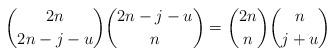
LaTeX: \begin{align*}\binom{2n}{2n-j-u}\binom{2n-j-u}{n}=\binom{2n}{n}\binom{n}{j+u}\end{align*}